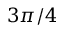
3 \pi / 4